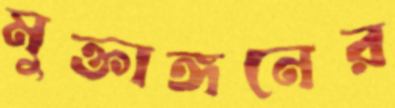
মুক্তাঙ্গনের